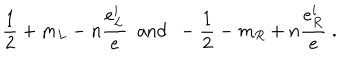
\frac { 1 } { 2 } + m _ { L } - n \frac { e _ { L } ^ { i } } { e } ~ ~ \mathrm { a n d } ~ ~ - \frac { 1 } { 2 } - m _ { R } + n \frac { e _ { R } ^ { i } } { e } ~ .